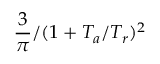
{ \frac { 3 } { \pi } } / ( 1 + T _ { a } / T _ { r } ) ^ { 2 }